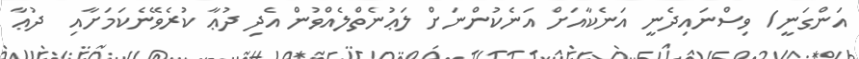
އަންގަނީ/ ވިސްނައިދެނީ އަނެކާއަށް އަނެކުންނަށް ލަޢުނެތްލެއްވުން އެދި ދުޢާ ކުރެވޭނެކަމަށާއި  ދުޢާ